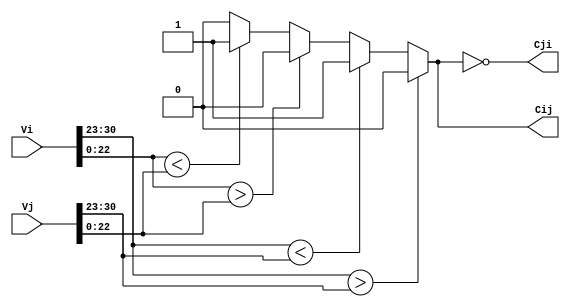
// Code your design here
`timescale 1ns / 1ps

module Comparator(
  input [31:0] Vi,
  input [31:0] Vj,
  output Cij,
  output Cji
);

  reg Vi_sign, Vj_sign;
  reg [7:0] Vi_exponent, Vj_exponent;
  reg [22:0] Vi_mantissa, Vj_mantissa;
  reg Cij_reg;

  always @(*) begin
    Vi_sign = Vi[31];
    Vi_exponent = Vi[30:23];
    Vi_mantissa = Vi[22:0];
    
    Vj_sign = Vj[31];
    Vj_exponent = Vj[30:23];
    Vj_mantissa = Vj[22:0];
    
    if (Vi_exponent > Vj_exponent)
      Cij_reg = 1'b0;
    else if (Vi_exponent < Vj_exponent)
      Cij_reg = 1'b1;
    else begin
      if (Vi_mantissa > Vj_mantissa)
        Cij_reg = 1'b0;
      else if (Vi_mantissa < Vj_mantissa)
        Cij_reg = 1'b1;
      else
        Cij_reg = 1'b0;
    end
  end
  
  assign Cij = Cij_reg;
  assign Cji=~Cij;

endmodule


module LogicalORCombinations (
    input [4:0] nums,
    input [2:0] r,
    output reg result
);
    reg [2:0] count;
    integer i;

    always @(*) begin
        count = 0;
        for (i = 0; i < 5; i = i + 1) begin
            if (nums[i] == 1) begin
                count = count + 1;
            end
        end
    end

    always @(count, r) begin
        if (count >= r) begin
            result = 1;
        end
        else begin
            result = 0;
        end
    end
endmodule



module TopModule(
  input [31:0] V1,
  input [31:0] V2,
  input [31:0] V3,
  input [31:0] V4,
  input [31:0] V5,
  input [31:0] V6,
  input [31:0] V7,
  input [31:0] V8,
  input [31:0] V9,
  input [31:0] V10,
  input [31:0] V11,
  input [31:0] V12,
  input [31:0] I,
  input [2:0] n,
  output reg [12:1] M
);
  
  //reg I_sign;
  //initial I_sign= I[31];
  
  wire [12:1] M_wire_pos,M_wire_neg;
  
  wire C12, C13, C14, C15, C16;
  wire C21, C23, C24, C25, C26;
  wire C31, C32, C34, C35, C36;
  wire C41, C42, C43, C45, C46;
  wire C51, C52, C53, C54, C56;
  wire C61, C62, C63, C64, C65;
  
  wire C78, C79, C710, C711, C712;
  wire C87, C89, C810, C811, C812;
  wire C97, C98, C910, C911, C912;
  wire C107, C108, C109, C1011, C1012;
  wire C117, C118, C119, C1110, C1112;
  wire C127, C128, C129, C1210, C1211;

  Comparator c12(.Vi(V1), .Vj(V2), .Cij(C12), .Cji(C21));
  Comparator c13(.Vi(V1), .Vj(V3), .Cij(C13), .Cji(C31));
  Comparator c14(.Vi(V1), .Vj(V4), .Cij(C14), .Cji(C41));
  Comparator c15(.Vi(V1), .Vj(V5), .Cij(C15), .Cji(C51));
  Comparator c16(.Vi(V1), .Vj(V6), .Cij(C16), .Cji(C61));
  
  Comparator c23(.Vi(V2), .Vj(V3), .Cij(C23), .Cji(C32));
  Comparator c24(.Vi(V2), .Vj(V4), .Cij(C24), .Cji(C42));
  Comparator c25(.Vi(V2), .Vj(V5), .Cij(C25), .Cji(C52));
  Comparator c26(.Vi(V2), .Vj(V6), .Cij(C26), .Cji(C62));
  
  Comparator c34(.Vi(V3), .Vj(V4), .Cij(C34), .Cji(C43));
  Comparator c35(.Vi(V3), .Vj(V5), .Cij(C35), .Cji(C53));
  Comparator c36(.Vi(V3), .Vj(V6), .Cij(C36), .Cji(C63));
  
  Comparator c45(.Vi(V4), .Vj(V5), .Cij(C45), .Cji(C54));
  Comparator c46(.Vi(V4), .Vj(V6), .Cij(C46), .Cji(C64));
  
  Comparator c56(.Vi(V5), .Vj(V6), .Cij(C56), .Cji(C65));
  
  Comparator c78(.Vi(V7), .Vj(V8), .Cij(C78), .Cji(C87));
  Comparator c79(.Vi(V7), .Vj(V9), .Cij(C79), .Cji(C97));
  Comparator c710(.Vi(V7), .Vj(V10), .Cij(C710), .Cji(C107));
  Comparator c711(.Vi(V7), .Vj(V11), .Cij(C711), .Cji(C117));
  Comparator c712(.Vi(V7), .Vj(V12), .Cij(C712), .Cji(C127));
  
  Comparator c89(.Vi(V8), .Vj(V9), .Cij(C89), .Cji(C98));
  Comparator c810(.Vi(V8), .Vj(V10), .Cij(C810), .Cji(C108));
  Comparator c811(.Vi(V8), .Vj(V11), .Cij(C811), .Cji(C118));
  Comparator c812(.Vi(V8), .Vj(V12), .Cij(C812), .Cji(C128));
  
  Comparator c910(.Vi(V9), .Vj(V10), .Cij(C910), .Cji(C109));
  Comparator c911(.Vi(V9), .Vj(V11), .Cij(C911), .Cji(C119));
  Comparator c912(.Vi(V9), .Vj(V12), .Cij(C912), .Cji(C129));
  
  Comparator c1011(.Vi(V10), .Vj(V11), .Cij(C1011), .Cji(C1110));
  Comparator c1012(.Vi(V10), .Vj(V12), .Cij(C1012), .Cji(C1210));
  
  Comparator c1112(.Vi(V11), .Vj(V12), .Cij(C1112), .Cji(C1211));
  
  
  
   LogicalORCombinations G1 (
     .nums({C12, C13, C14, C15, C16}),  
     .r(3'b110-n) ,
     .result(M_wire_pos[1]));
  
  LogicalORCombinations G2 (
    .nums({C21, C23, C24, C25, C26}),  
     .r(3'b110-n) ,
    .result(M_wire_pos[2])); 
  
  LogicalORCombinations G3 (
    .nums({C31, C32, C34, C35, C36}),  
     .r(3'b110-n) ,
    .result(M_wire_pos[3]));
  
  LogicalORCombinations G4 (
    .nums({C41, C42, C43, C45, C46}),  
     .r(3'b110-n) ,
    .result(M_wire_pos[4]));
  
  LogicalORCombinations G5 (
    .nums({C51, C52, C53, C54, C56}),  
     .r(3'b110-n) ,
    .result(M_wire_pos[5]));
  
  LogicalORCombinations G6 (
    .nums({C61, C62, C63, C64, C65}),  
     .r(3'b110-n) ,
    .result(M_wire_pos[6]));
  
  LogicalORCombinations G7 (
    .nums({C78, C79, C710, C711, C712}),  
     .r(n) ,
    .result(M_wire_pos[7]));
  
  LogicalORCombinations G8 (
    .nums({C87, C89, C810, C811, C812}),  
     .r(n) ,
    .result(M_wire_pos[8]));
  
  LogicalORCombinations G9 (
    .nums({C97, C98, C910, C911, C912}),  
     .r(n) ,
    .result(M_wire_pos[9]));
  
  LogicalORCombinations G10 (
    .nums({C107, C108,C109, C1011, C1012}),  
     .r(n) ,
    .result(M_wire_pos[10]));
  
  LogicalORCombinations G11 (
    .nums({C117, C118,C119, C1110, C1112}),  
     .r(n) ,
    .result(M_wire_pos[11]));
  
  LogicalORCombinations G12 (
    .nums({C127, C128,C129, C1210, C1211}),  
     .r(n) ,
    .result(M_wire_pos[12]));
  
  
  
  
  LogicalORCombinations H1 (
     .nums({C21, C31, C41, C51, C61}),  
     .r(3'b110-n) ,
     .result(M_wire_neg[1]));
  
  LogicalORCombinations H2 (
    .nums({C12, C32, C42, C52, C62}),  
     .r(3'b110-n) ,
    .result(M_wire_neg[2])); 
  
  LogicalORCombinations H3 (
    .nums({C13, C23, C43, C53, C63}),  
     .r(3'b110-n) ,
    .result(M_wire_neg[3]));
  
  LogicalORCombinations H4 (
    .nums({C14, C24, C34, C54, C64}),  
     .r(3'b110-n) ,
    .result(M_wire_neg[4]));
  
  LogicalORCombinations H5 (
    .nums({C15, C25, C35, C45, C65}),  
     .r(3'b110-n) ,
    .result(M_wire_neg[5]));
  
  LogicalORCombinations H6 (
    .nums({C16, C26, C36, C46, C56}),  
     .r(3'b110-n) ,
    .result(M_wire_neg[6]));
  
  LogicalORCombinations H7 (
    .nums({C87, C97, C107, C117, C127}),  
     .r(n) ,
    .result(M_wire_neg[7]));
  
  LogicalORCombinations H8 (
    .nums({C78, C98, C108, C118, C128}),  
     .r(n) ,
    .result(M_wire_neg[8]));
  
  LogicalORCombinations H9 (
    .nums({C79, C89, C109, C119, C129}),  
     .r(n) ,
    .result(M_wire_neg[9]));
  
  LogicalORCombinations H10 (
    .nums({C710, C810,C910, C1110, C1210}),  
     .r(n) ,
    .result(M_wire_neg[10]));
  
  LogicalORCombinations H11 (
    .nums({C711, C811,C911, C1011, C1211}),  
     .r(n) ,
    .result(M_wire_neg[11]));
  
  LogicalORCombinations H12 (
    .nums({C712, C812,C912, C1012, C1112}),  
     .r(n) ,
    .result(M_wire_neg[12]));
  
  
  always @* begin
    if (n == 3'b000)
      M = 12'b111111000000;
    else if (n == 3'b110)
      M = 12'b000000111111;
    else begin
      if (I[31]==1'b0)
        M = M_wire_pos;
      else
        M = M_wire_neg;
    end
  end

  
  
endmodule






`timescale 1ns / 1ps

module TopModule_tb;

  // Parameters
  parameter CLK_PERIOD = 10; // Clock period in ns

  // Signals
  reg [31:0] V1, V2, V3, V4, V5, V6, V7, V8, V9, V10, V11, V12, I;
  reg [2:0] n;
  wire [12:1] M;

  // Instantiate the module under test
  TopModule dut (
    .V1(V1), .V2(V2), .V3(V3), .V4(V4), .V5(V5), .V6(V6),
    .V7(V7), .V8(V8), .V9(V9), .V10(V10), .V11(V11), .V12(V12),
    .I(I), .n(n), .M(M)
  );

  // Clock generation
  reg clk = 0;
  always #((CLK_PERIOD)/2) clk = ~clk;

  // Test stimulus
  initial begin
    // Open VCD file
    $dumpfile("TopModule_tb.vcd");
    $dumpvars(0, TopModule_tb); // Dump all signals

    // Initialize inputs
    V1 = 32'h00000000;  
    V2 = 32'h00000000;  
    V3 = 32'h00000000;  
    V4 = 32'h00000000;  
    V5 = 32'h00000000;  
    V6 = 32'h00000000;  
    V7 = 32'h00000000;  
    V8 = 32'h00000000;  
    V9 = 32'h00000000;  
    V10 = 32'h00000000;  
    V11 = 32'h00000000;  
    V12 = 32'h00000000;  
    I = 32'h00000000;
    n = 3'b000;

    // Apply stimulus
    #10;
    V1 = 32'h41400000;  //12
    V2 = 32'h00000000;  //0
    V3 = 32'h41500000;  //13
    V4 = 32'h41200000;  //10
    V5 = 32'h40e00000;  //7
    V6 = 32'h41100000;  //9
    V7 = 32'h41980000;  //19
    V8 = 32'h41880000;  //17
    V9 = 32'h42f00000;  //120
    V10 = 32'h42140000;  //37
    V11 = 32'h41c80000;  //25
    V12 = 32'h41b80000;  //23
    I = 32'h21b80000;
    n = 3'b000;

    #20;

    // Add more test cases as needed

    // Display the value of M
    $display("M = %b", M);

    $stop; // Stop simulation
  end

endmodule